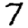
Digit: 7